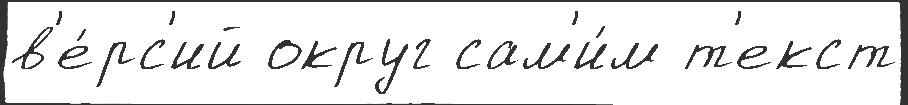
в'е́рс'ий округ сам'и́м т'екст